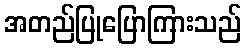
အတည်ပြုပြောကြားသည်